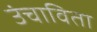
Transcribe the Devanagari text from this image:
उंचाविता